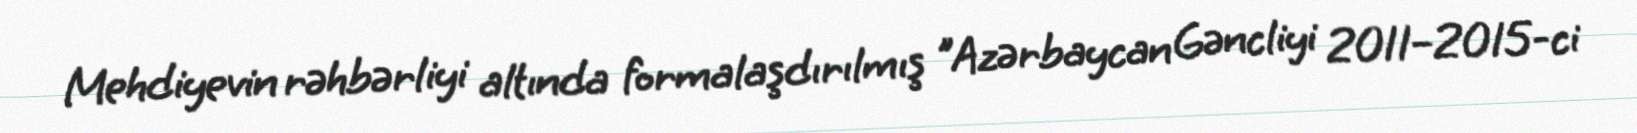
Mehdiyevin rəhbərliyi altında formalaşdırılmış "Azərbaycan Gəncliyi 2011–2015-ci